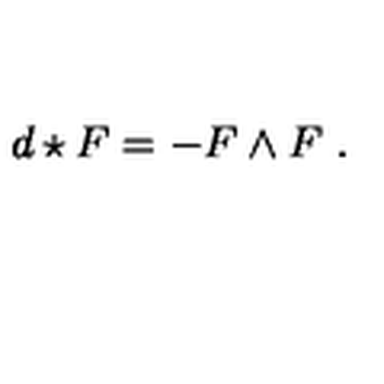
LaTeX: d \star F = - F \wedge F \ .